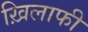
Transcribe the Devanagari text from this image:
ख़िलाफी